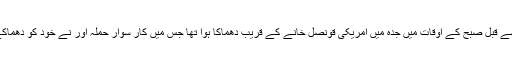
یاد رہے کہ اس سے قبل صبح کے اوقات میں جدہ میں امریکی قونصل خانے کے قریب دھماکا ہوا تھا جس میں کار سوار حملہ آور نے خود کو دھماکے سے اڑا لیا تھا۔